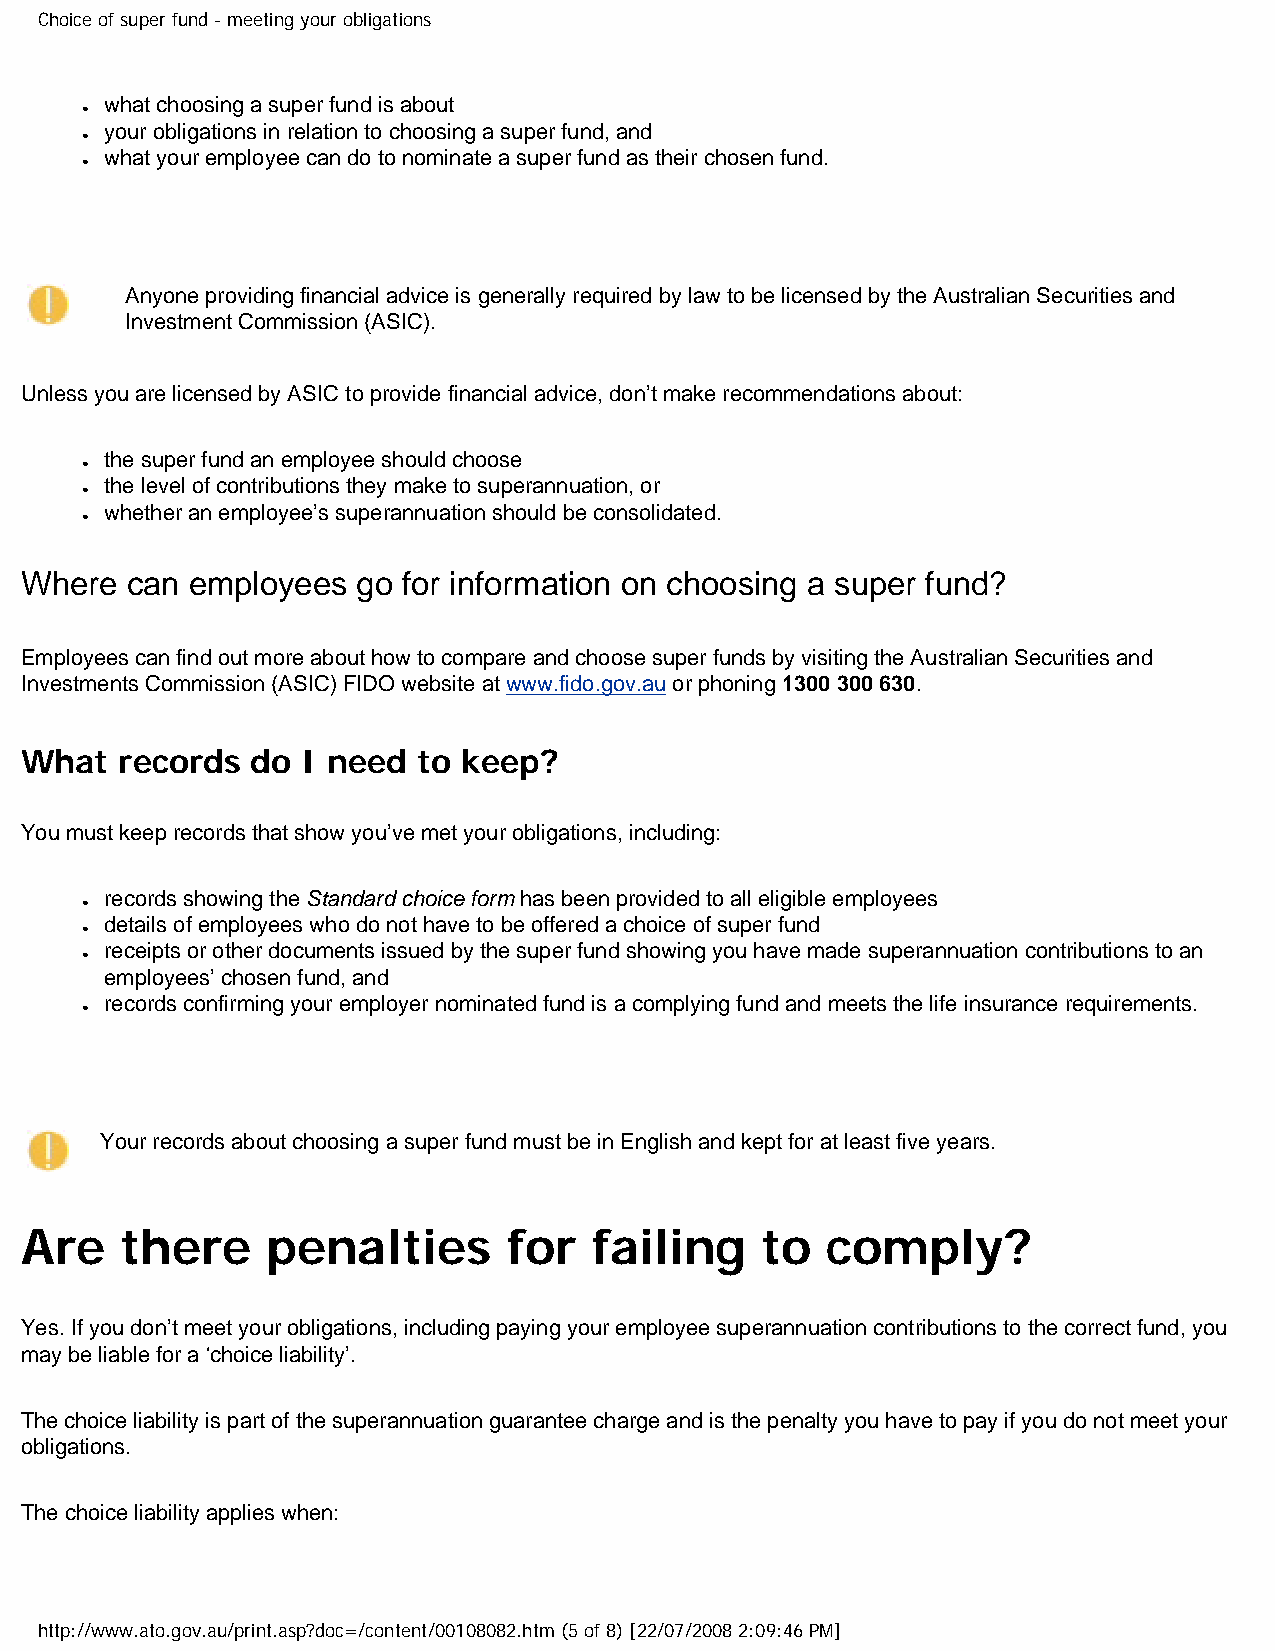
Choice of super fund - meeting your obligations
 what choosing a super fund is about
 ●
 your obligations in relation to choosing a super fund, and
 ●
 what your employee can do to nominate a super fund as their chosen fund.
 ●
 Anyone providing financial advice is generally required by law to be licensed by the Australian Securities and
 Investment Commission (ASIC).
 Unless you are licensed by ASIC to provide financial advice, don’t make recommendations about:
 the super fund an employee should choose
 ●
 the level of contributions they make to superannuation, or
 ●
 ●
 whether an employee’s superannuation should be consolidated.
 Where  can employees   go for information on choosing a super fund?
 Employees can find out more about how to compare and choose super funds by visiting the Australian Securities and
 Investments Commission (ASIC) FIDO website at www.fido.gov.au or phoning 1300 300 630.
 What   records  do I need  to keep?
 You must keep records that show you’ve met your obligations, including:
 records showing the Standard choice form has been provided to all eligible employees
 ●
 details of employees who do not have to be offered a choice of super fund
 ●
 receipts or other documents issued by the super fund showing you have made superannuation contributions to an
 ●
 employees’ chosen fund, and
 records confirming your employer nominated fund is a complying fund and meets the life insurance requirements.
 ●
 Your records about choosing a super fund must be in English and kept for at least five years.
 Are    there     penalties       for  failing    to   comply?
 Yes. If you don’t meet your obligations, including paying your employee superannuation contributions to the correct fund, you
 may be liable for a ‘choice liability’.
 The choice liability is part of the superannuation guarantee charge and is the penalty you have to pay if you do not meet your
 obligations.
 The choice liability applies when:
 http://www.ato.gov.au/print.asp?doc=/content/00108082.htm (5 of 8) [22/07/2008 2:09:46 PM]